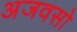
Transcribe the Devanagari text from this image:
अजवसो